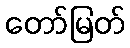
တော်မြတ်